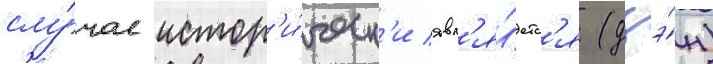
слу́чае истор'и́ческ'и явл'я́етс'я (дзэ́н)